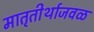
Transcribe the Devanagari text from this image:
मातृतीर्थाजवळ